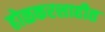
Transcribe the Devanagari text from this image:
होळकरशाहीत